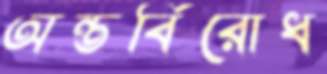
অন্তর্বিরোধ